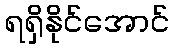
ရရှိနိုင်အောင်